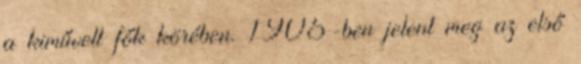
a kiművelt fők körében. 1905-ben jelent meg az első